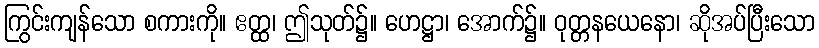
ကြွင်းကျန်သော စကားကို။ ဧတ္ထ၊ ဤသုတ်၌။ ဟေဋ္ဌာ၊ အောက်၌။ ဝုတ္တနယေနော၊ ဆိုအပ်ပြီးသော